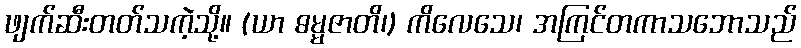
ဖျက်ဆီးတတ်သကဲ့သို့။ (ယာ ဓမ္မဇာတိ၊) ကိလေသေ၊ အကြင်တကာသဘောသည်